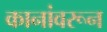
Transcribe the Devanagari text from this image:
कानांवरून